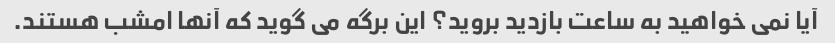
آیا نمی خواهید به ساعت بازدید بروید؟ این برگه می گوید که آنها امشب هستند.